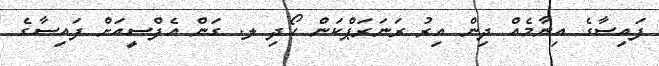
ފައިސާގެ އިނާމެއް ދިން އިރު ރަނަރަޕްކަން ހޯދި ލ. ގަން އެފްސީއަށް ފައިސާގެ